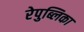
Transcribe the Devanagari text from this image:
रेपुब्लिका